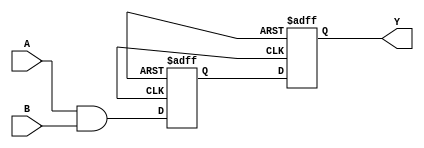
module nand_gate_delay (
    input wire A, 
    input wire B, 
    output reg Y
);

reg internal_signal;

always @(posedge clk or posedge rst) begin
    if (rst) begin
        internal_signal <= 1'b0;
    end else begin
        internal_signal <= A & B;
    end
end

always @(posedge clk or posedge rst) begin
    if (rst) begin
        Y <= 1'b0;
    end else begin
        Y <= internal_signal;
    end
end

endmodule